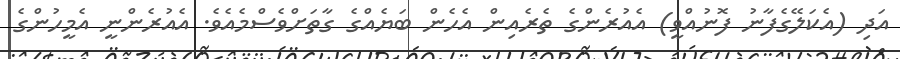
އަދި (އެކަލޭގެފާނު ފޮނުއްވީ) އެއުރެންގެ ތެރެއިން އެހެން ބަޔެއްގެ ގާތަށްވެސްމެއެވެ. އެއުރެންނީ އެމީހުންގެ